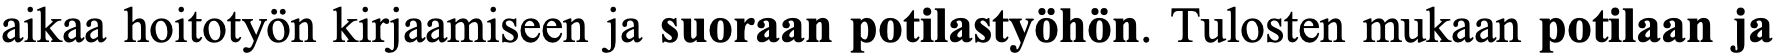
aikaa hoitotyön kirjaamiseen ja suoraan potilastyöhön. Tulosten mukaan potilaan ja